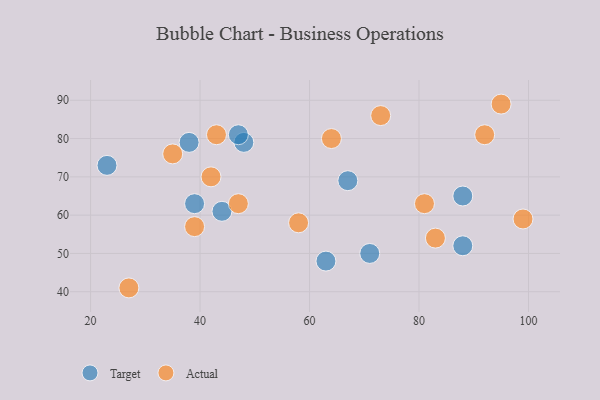
{"axis": {"x": "GDP", "y": "Life Expectancy"}, "legend": ["Actual", "Target"], "data": [{"x": "71", "y": 50, "type": "Target"}, {"x": "88", "y": 65, "type": "Target"}, {"x": "63", "y": 48, "type": "Target"}, {"x": "48", "y": 79, "type": "Target"}, {"x": "23", "y": 73, "type": "Target"}, {"x": "47", "y": 81, "type": "Target"}, {"x": "44", "y": 61, "type": "Target"}, {"x": "88", "y": 52, "type": "Target"}, {"x": "67", "y": 69, "type": "Target"}, {"x": "39", "y": 63, "type": "Target"}, {"x": "38", "y": 79, "type": "Target"}, {"x": "81", "y": 63, "type": "Actual"}, {"x": "27", "y": 41, "type": "Actual"}, {"x": "47", "y": 63, "type": "Actual"}, {"x": "43", "y": 81, "type": "Actual"}, {"x": "73", "y": 86, "type": "Actual"}, {"x": "83", "y": 54, "type": "Actual"}, {"x": "35", "y": 76, "type": "Actual"}, {"x": "95", "y": 89, "type": "Actual"}, {"x": "99", "y": 59, "type": "Actual"}, {"x": "42", "y": 70, "type": "Actual"}, {"x": "39", "y": 57, "type": "Actual"}, {"x": "58", "y": 58, "type": "Actual"}, {"x": "92", "y": 81, "type": "Actual"}, {"x": "64", "y": 80, "type": "Actual"}]}